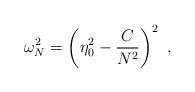
LaTeX: \begin{align*}\omega_N^2 = \left(\eta_0^2 - \frac{C}{N^2}\right)^2 \ ,\end{align*}